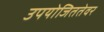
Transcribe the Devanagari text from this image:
उपयोजिततेवर